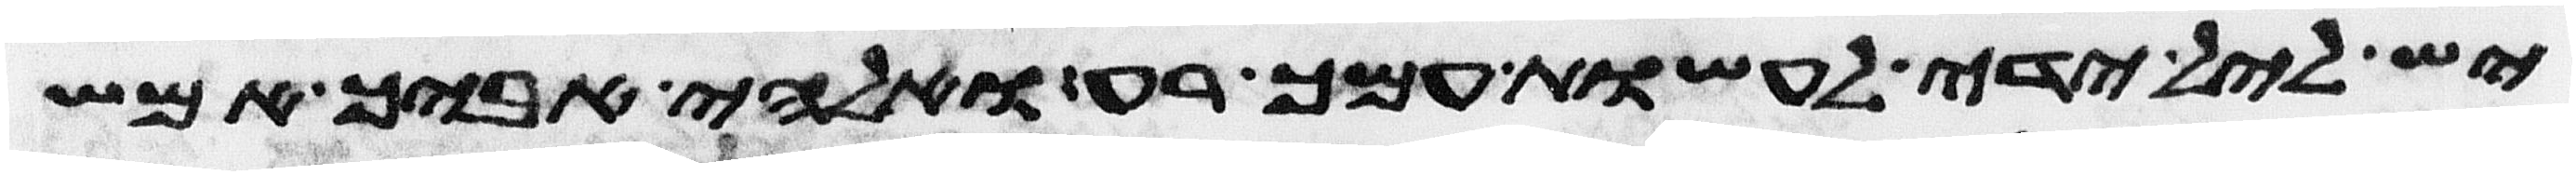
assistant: יש לאל ידי לעשות עמך רע ואלהי אביך אמש